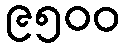
၉၅၀၀